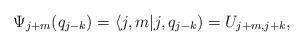
LaTeX: \begin{align*}\Psi_{j+m}(q_{j-k})= \langle j,m | j,q_{j-k} ) = U_{j+m,j+k},\end{align*}